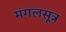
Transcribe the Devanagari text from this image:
मंगलसूत्र